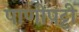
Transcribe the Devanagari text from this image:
पाणीपट्टी